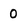
Character: O